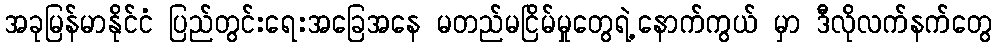
အခုမြန်မာနိုင်ငံ ပြည်တွင်းရေးအခြေအနေ မတည်မငြိမ်မှုတွေရဲ့နောက်ကွယ် မှာ ဒီလိုလက်နက်တွေ